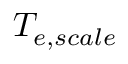
T _ { e , s c a l e }